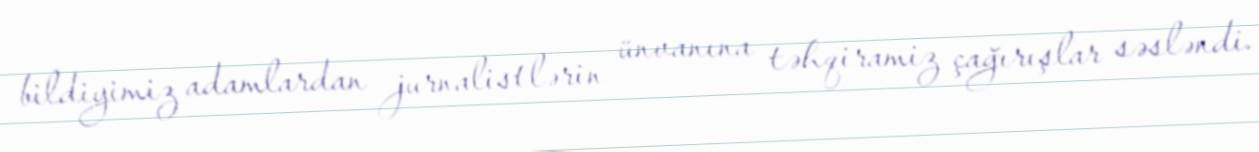
bildiyimiz adamlardan jurnalistlərin ünvanına təhqiramiz çağırışlar səsləndi.